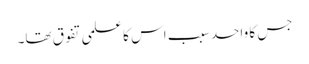
جس کا واحد سبب اس کا علمی تفوق تھا۔